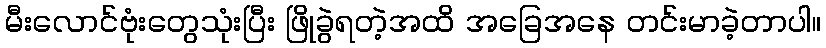
မီးလောင်ဗုံးတွေသုံးပြီး ဖြိုခွဲရတဲ့အထိ အခြေအနေ တင်းမာခဲ့တာပါ။